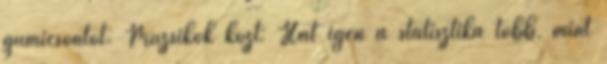
gumicsontot. Muzsikok közt: Hát igen a statisztika több, mint